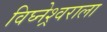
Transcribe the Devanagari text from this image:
विघ्नेश्र्वराला